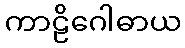
ကာဠိဂေါဓာယ